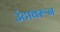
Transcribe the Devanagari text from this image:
उंटावरून